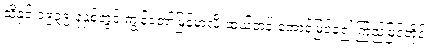
သို့နှင့် ၁၉၃၉ ခုနှစ်တွင် ကျွန်တော်မြန်မာလို ဆယ်တန်းအောင်မြင်ခဲ့၍ ကြည့်မြင်တိုင်